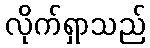
လိုက်ရှာသည်